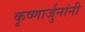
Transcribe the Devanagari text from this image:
कृष्णार्जुनांनी